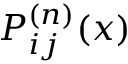
{ P } _ { i j } ^ { ( n ) } ( x )